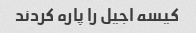
کیسه اجیل را پاره کردند